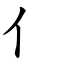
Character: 亻